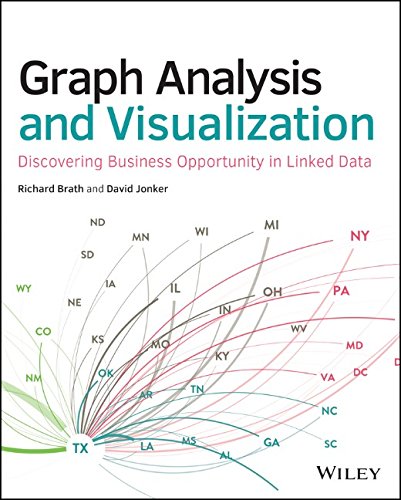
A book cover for Graph Analysis and Visualization: Discovering Business Opportunity in Linked Data; Richard Brath; Computers & Technology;